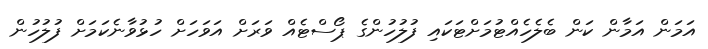
އަމަން އަމާން ކަން ބެލެހެއްޓުމަށްޓަކައި ފުލުހުންގެ ޕޯސްޓެއް ވަރަށް އަވަހަށް ހުޅުވާނެކަމަށް ފުލުހުން